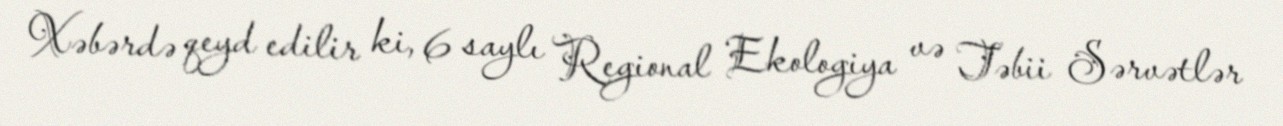
Xəbərdə qeyd edilir ki, 6 saylı Regional Ekologiya və Təbii Sərvətlər